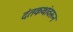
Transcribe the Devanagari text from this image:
दंतकथांवरून